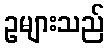
ဥများသည်